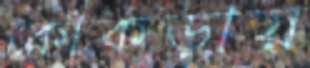
কোঁকড়ায়